Leaving Certificate Examination (including Day School Certificate (Higher) General paper), 1938
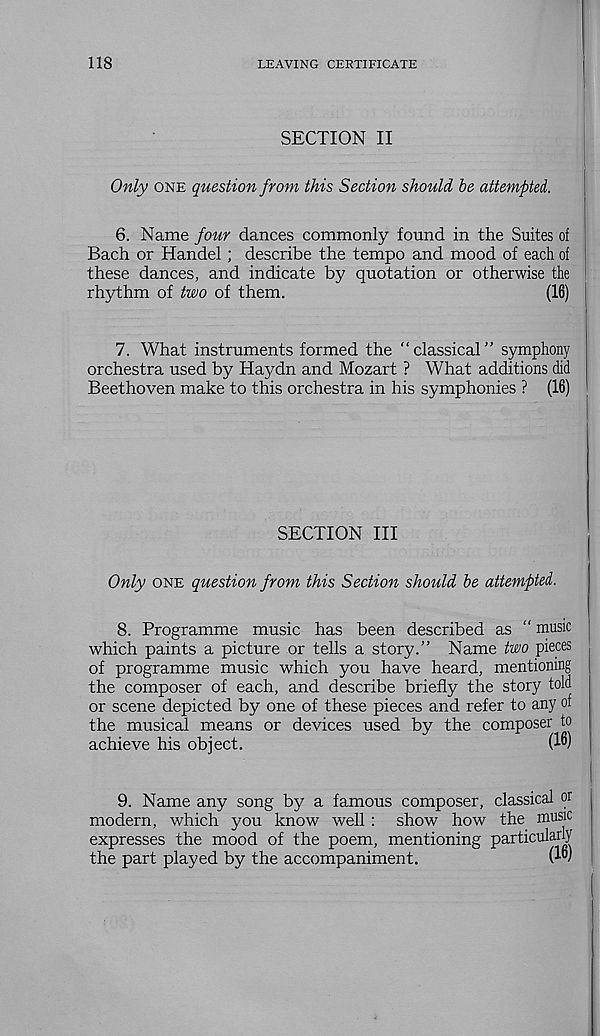
118
LEAVING CERTIFICATE
SECTION II
Only one question from this Section should be attempted.
6. Name four dances commonly found in the Suites of
Bach or Handel; describe the tempo and mood of each of
these dances, and indicate by quotation or otherwise the
rhythm of two of them.
(16)
7. What instruments formed the “classical” symphony
orchestra used by Haydn and Mozart ? What additions did
Beethoven make to this orchestra in his symphonies ? (16)
SECTION III
Only one question from this Section should be attempted.
8. Programme music has been described as “ music
which paints a picture or tells a story.” Name two pieces
of programme music which you have heard, mentioning
the composer of each, and describe briefly the story told
or scene depicted by one of these pieces and refer to any of
the musical means or devices used by the composer to
achieve his object.
9. Name any song by a famous composer, classical or
modern, which you know well : show how the music
expresses the mood of the poem, mentioning particularly
the part played by the accompaniment.